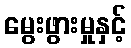
မွေးဖွားမှုနှင့်